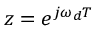
z = e ^ { j \omega _ { d } T }